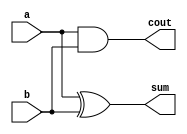
// Benstin Davis EE20B007
// Half Adder
// ============================


module Half_Adder(a, b, sum, cout);

input a, b; 
output sum, cout; 

assign sum = a ^ b; 
assign cout = a & b; 

endmodule